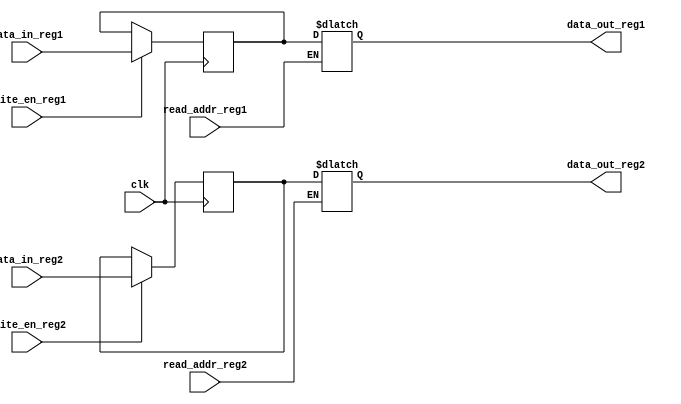
module dual_port_register (
    input wire clk,
    input wire [7:0] data_in_reg1,
    input wire [7:0] data_in_reg2,
    input wire read_addr_reg1,
    input wire read_addr_reg2,
    output reg [7:0] data_out_reg1,
    output reg [7:0] data_out_reg2,
    input wire write_en_reg1,
    input wire write_en_reg2
);

reg [7:0] reg1;
reg [7:0] reg2;

always @(posedge clk) begin
    if (write_en_reg1) begin
        reg1 <= data_in_reg1;
    end
    if (write_en_reg2) begin
        reg2 <= data_in_reg2;
    end
end

always @(*) begin
    if (read_addr_reg1) begin
        data_out_reg1 <= reg1;
    end
    if (read_addr_reg2) begin
        data_out_reg2 <= reg2;
    end
end

endmodule